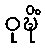
ဝုဍ္ဎိံ